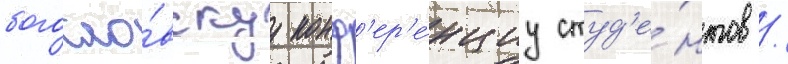
богосло́вскуу конф'ер'е́нциу студ'е́нтов /